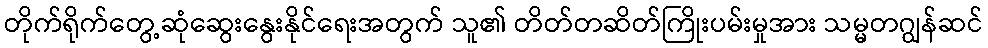
တိုက်ရိုက်တွေ့ဆုံဆွေးနွေးနိုင်ရေးအတွက် သူ၏ တိတ်တဆိတ်ကြိုးပမ်းမှုအား သမ္မတဂျွန်ဆင်